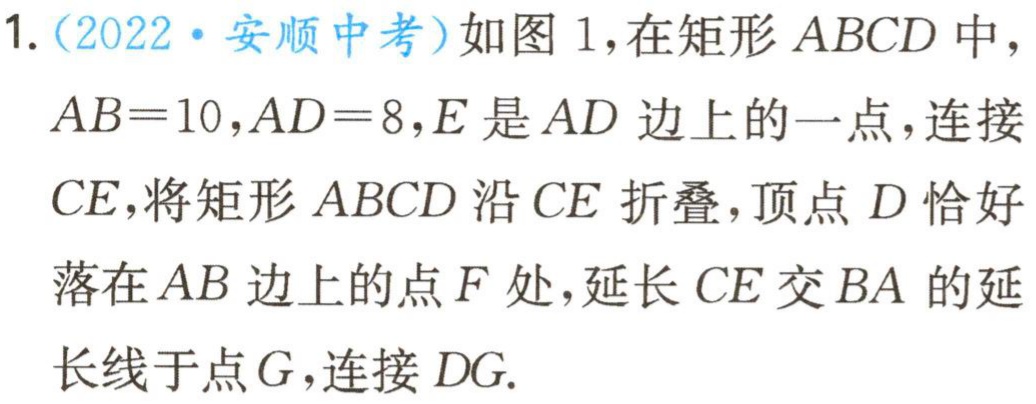
1.（2022·安顺中考）如图1，在矩形\(ABCD\)中，\(AB = 10\)，\(AD = 8\)，\(E\)是\(AD\)边上的一点，连接\(CE\)，将矩形\(ABCD\)沿\(CE\)折叠，顶点\(D\)恰好落在\(AB\)边上的点\(F\)处，延长\(CE\)交\(BA\)的延长线于点\(G\)，连接\(DG\).